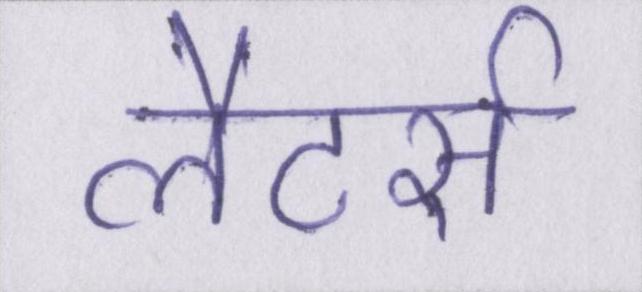
लैटर्स